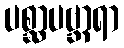
ပစ္ဆာပဗ္ဘာရာ